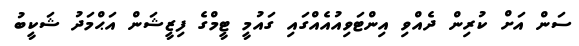
ސަން އަށް ކުރިން ދެއްވި އިންޓަވިއުއެއްގައި ގައުމީ ޓީމްގެ ފިޒީޝަން އަޙްމަދު ޝަކީބު